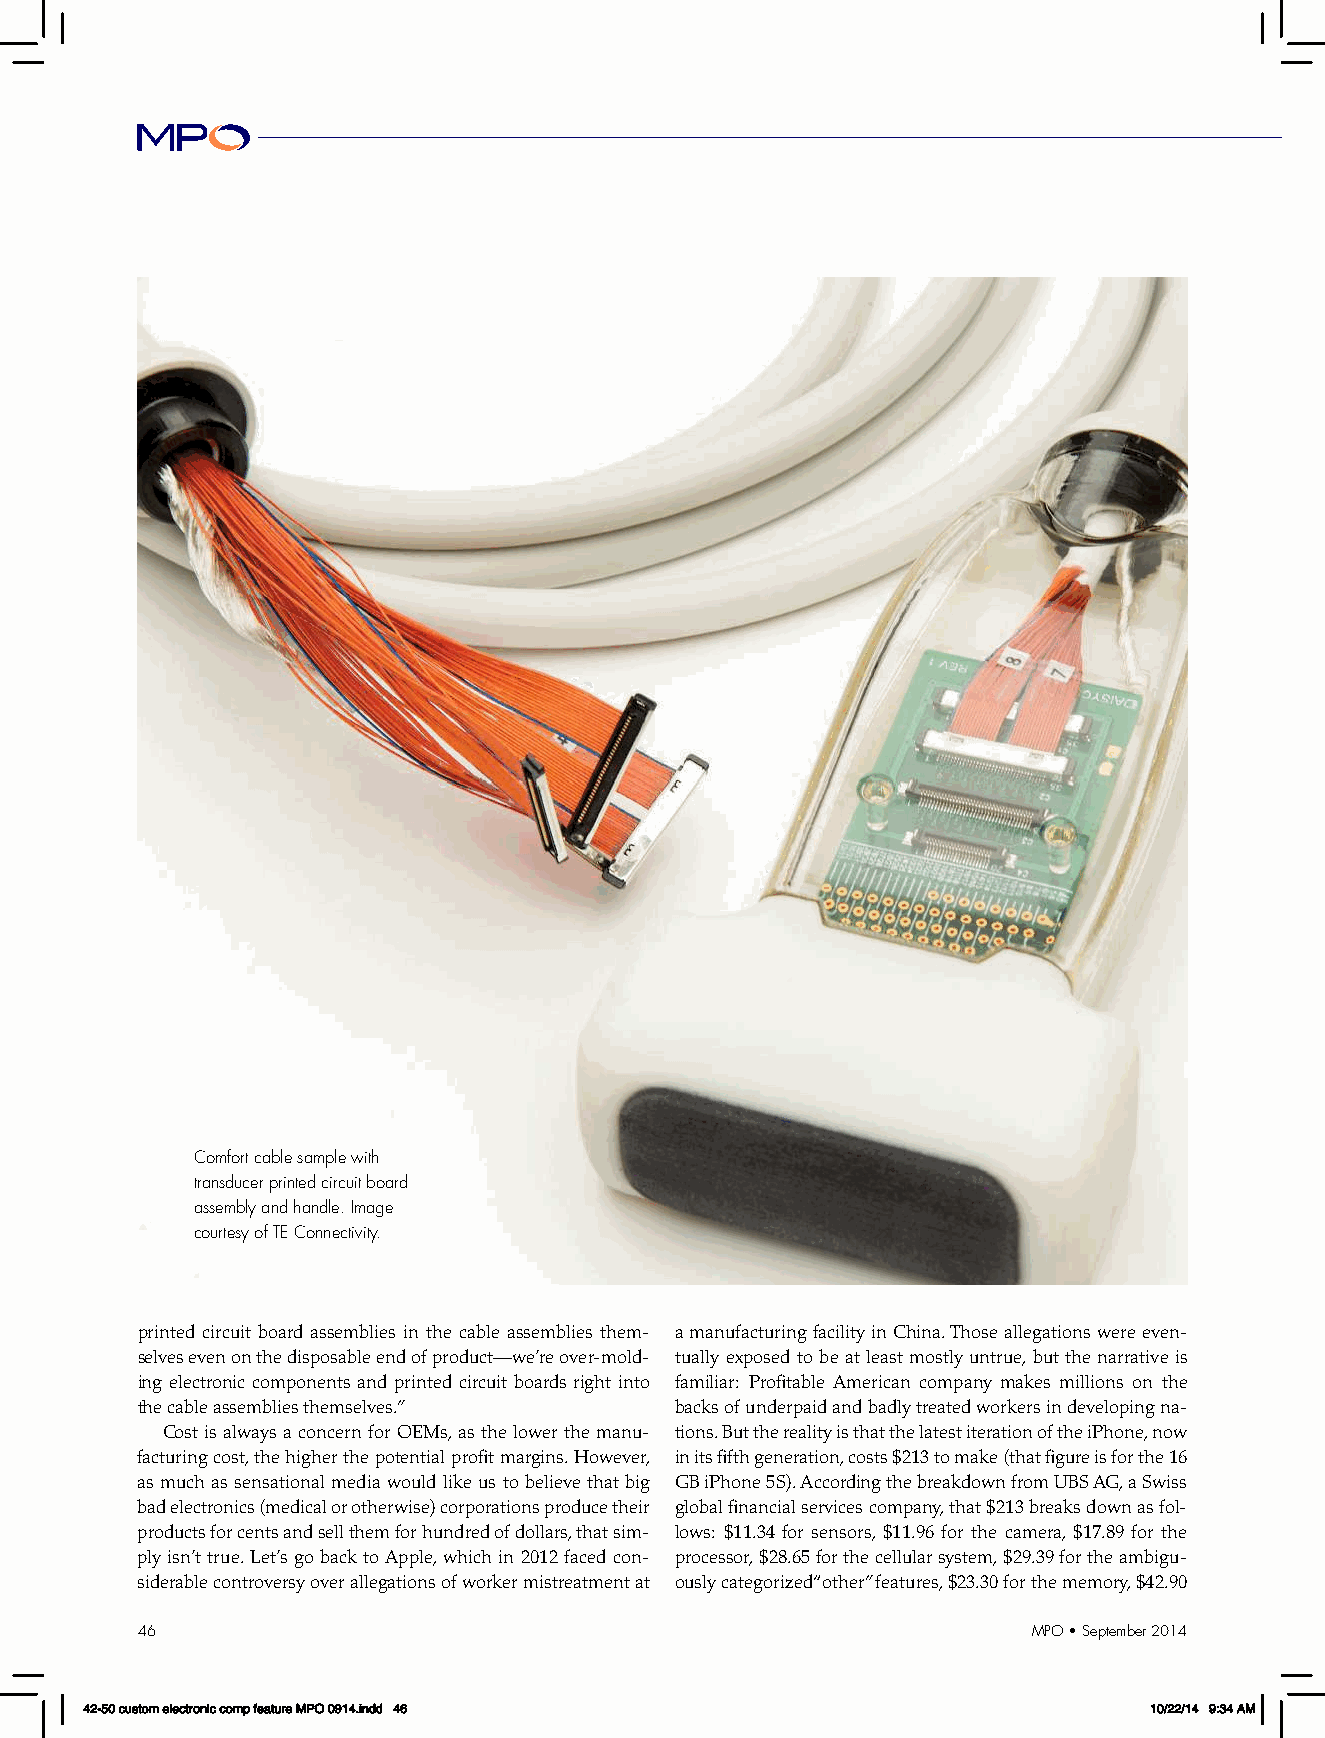
Comfort cable sample with
 transducer printed circuit board
 assembly and handle. Image
 courtesy of TE Connectivity.
 printed circuit board assemblies in the cable assemblies them- a manufacturing facility in China. Those allegations were even-
 selves even on the disposable end of product—we’re over-mold- tually exposed to be at least mostly untrue, but the narrative is
 ing electronic components and printed circuit boards right into familiar: Profitable American company makes millions on the
 the cable assemblies themselves.”   backs of underpaid and badly treated workers in developing na-
 Cost is always a concern for OEMs, as the lower the manu- tions. But the reality is that the latest iteration of the iPhone, now
 facturing cost, the higher the potential profit margins. However, in its fifth generation, costs $213 to make (that figure is for the 16
 as much as sensational media would like us to believe that big GB iPhone 5S). According the breakdown from UBS AG, a Swiss
 bad electronics (medical or otherwise) corporations produce their global financial services company, that $213 breaks down as fol-
 products for cents and sell them for hundred of dollars, that sim- lows: $11.34 for sensors, $11.96 for the camera, $17.89 for the
 ply isn’t true. Let’s go back to Apple, which in 2012 faced con- processor, $28.65 for the cellular system, $29.39 for the ambigu-
 siderable controversy over allegations of worker mistreatment at ously categorized “other” features, $23.30 for the memory, $42.90
 46                                                         MPO • September 2014
 42-50 custom electronic comp feature MPO 0914.indd 46                 10/22/14 9:34 AM